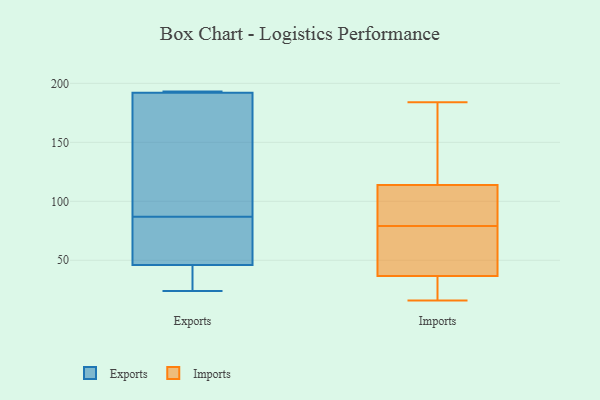
{"axis": {"x": "Customer Acquisition Cost (USD)", "y": "Value"}, "legend": ["Exports", "Imports"], "data": [{"x": "", "y": 41, "type": "Exports"}, {"x": "", "y": 193, "type": "Exports"}, {"x": "", "y": 144, "type": "Exports"}, {"x": "", "y": 192, "type": "Exports"}, {"x": "", "y": 24, "type": "Exports"}, {"x": "", "y": 46, "type": "Exports"}, {"x": "", "y": 95, "type": "Exports"}, {"x": "", "y": 79, "type": "Exports"}, {"x": "", "y": 77, "type": "Exports"}, {"x": "", "y": 193, "type": "Exports"}, {"x": "", "y": 155, "type": "Imports"}, {"x": "", "y": 64, "type": "Imports"}, {"x": "", "y": 16, "type": "Imports"}, {"x": "", "y": 84, "type": "Imports"}, {"x": "", "y": 19, "type": "Imports"}, {"x": "", "y": 29, "type": "Imports"}, {"x": "", "y": 184, "type": "Imports"}, {"x": "", "y": 41, "type": "Imports"}, {"x": "", "y": 33, "type": "Imports"}, {"x": "", "y": 79, "type": "Imports"}, {"x": "", "y": 116, "type": "Imports"}, {"x": "", "y": 183, "type": "Imports"}, {"x": "", "y": 57, "type": "Imports"}, {"x": "", "y": 104, "type": "Imports"}, {"x": "", "y": 97, "type": "Imports"}, {"x": "", "y": 113, "type": "Imports"}, {"x": "", "y": 38, "type": "Imports"}]}